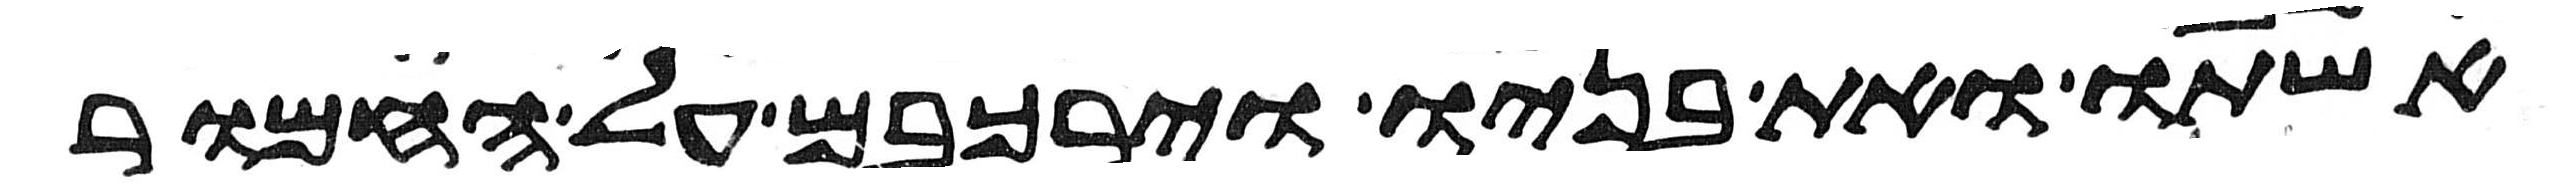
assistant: אשתו ואת בניו וירכבם על החמור